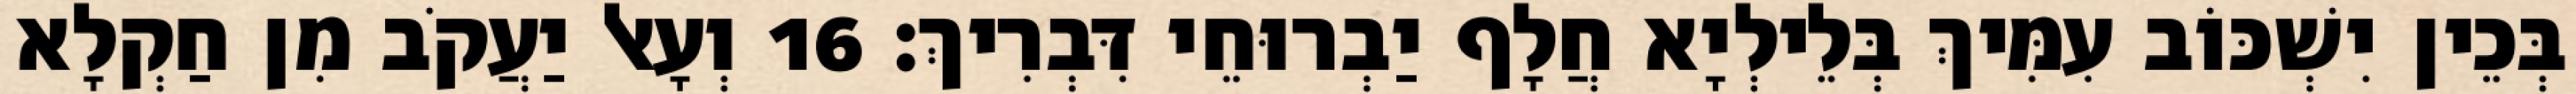
בְּכֵין יִשְׁכּוֹב עִמִּיךְ בְּלֵילְיָא חֲלָף יַבְרוּחֵי דִּבְרִיךְ׃ 16 וְעָאל יַעֲקֹב מִן חַקְלָא